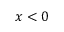
x < 0